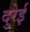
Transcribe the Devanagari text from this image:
दुरेई